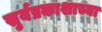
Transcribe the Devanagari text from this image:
सुर्यप्रकाशाच्या